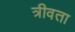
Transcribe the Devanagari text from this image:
त्रीवता